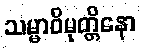
သမ္မာဝိမုတ္တိနော